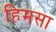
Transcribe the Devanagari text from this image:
हिमसा